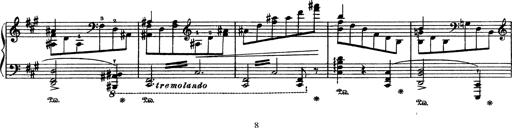
Title: AnnÃ©es de PÃ¨lerinage III
Composer: Franz Liszt